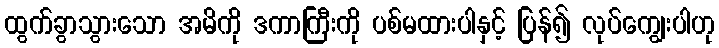
ထွက်ခွာသွားသော အမိကို ဒကာကြီးကို ပစ်မထားပါနှင့် ပြန်၍ လုပ်ကျွေးပါဟု